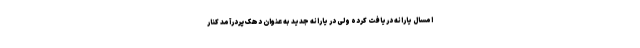
امسال یارانه دریافت کرده ولی در یارانه جدید به عنوان دهک پردرآمد کنار